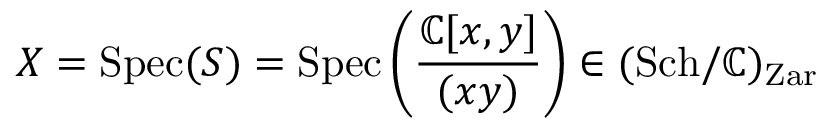
X = \operatorname { S p e c } ( S ) = \operatorname { S p e c } \left( { \frac { \mathbb { C } [ x , y ] } { ( x y ) } } \right) \in ( { \operatorname { S c h } } / \mathbb { C } ) _ { \mathrm { Z a r } }